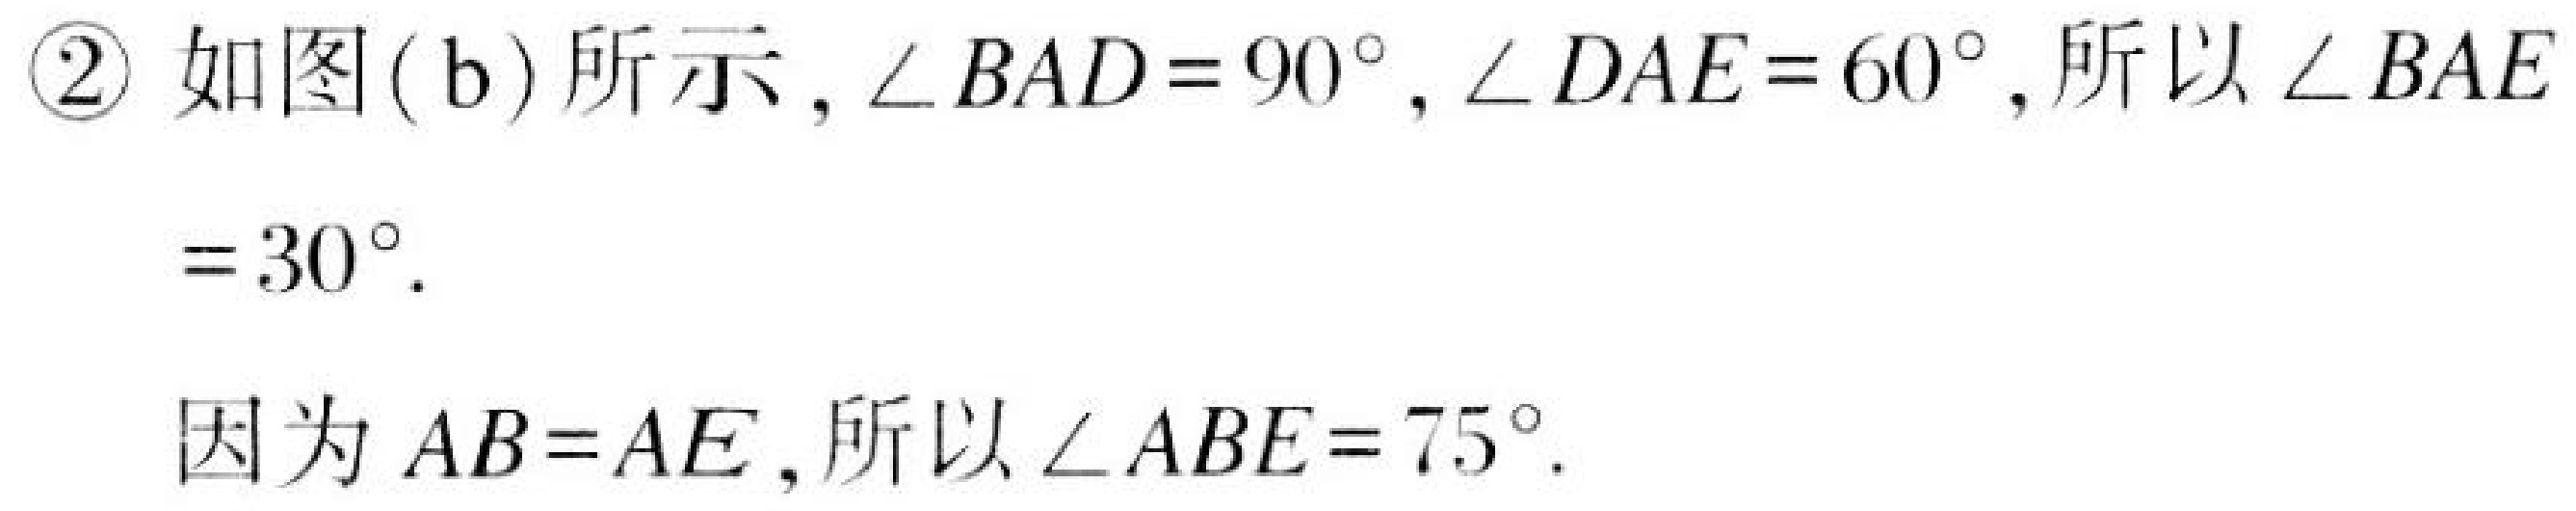
\textcircled{2} 如图( b)所示, $\angle BAD = 90^{\circ}$, $\angle DAE = 60^{\circ}$, 所以 $\angle BAE = 30^{\circ}$.

因为 $AB = AE$, 所以 $\angle ABE = 75^{\circ}$.